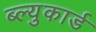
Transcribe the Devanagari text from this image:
ब्ल्युकार्ड